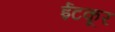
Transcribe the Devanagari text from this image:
ईटकूर